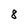
Character: 8